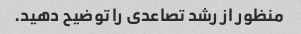
منظور از رشد تصاعدی را توضیح دهید.